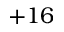
+ 1 6